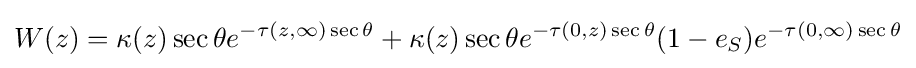
W(z)=\kappa (z)\sec \theta e^{-\tau (z,\infty )\sec \theta }+\kappa (z)\sec \theta e^{-\tau (0,z)\sec \theta }(1-e_{S})e^{-\tau (0,\infty )\sec \theta }